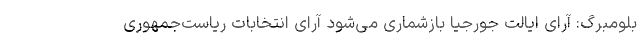
بلومبرگ: آرای ایالت جورجیا بازشماری می‌شود آرای انتخابات ریاست‌جمهوری